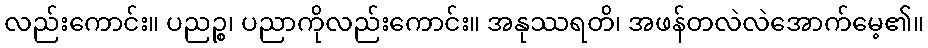
လည်းကောင်း။ ပညဉ္စ၊ ပညာကိုလည်းကောင်း။ အနုဿရတိ၊ အဖန်တလဲလဲအောက်မေ့၏။